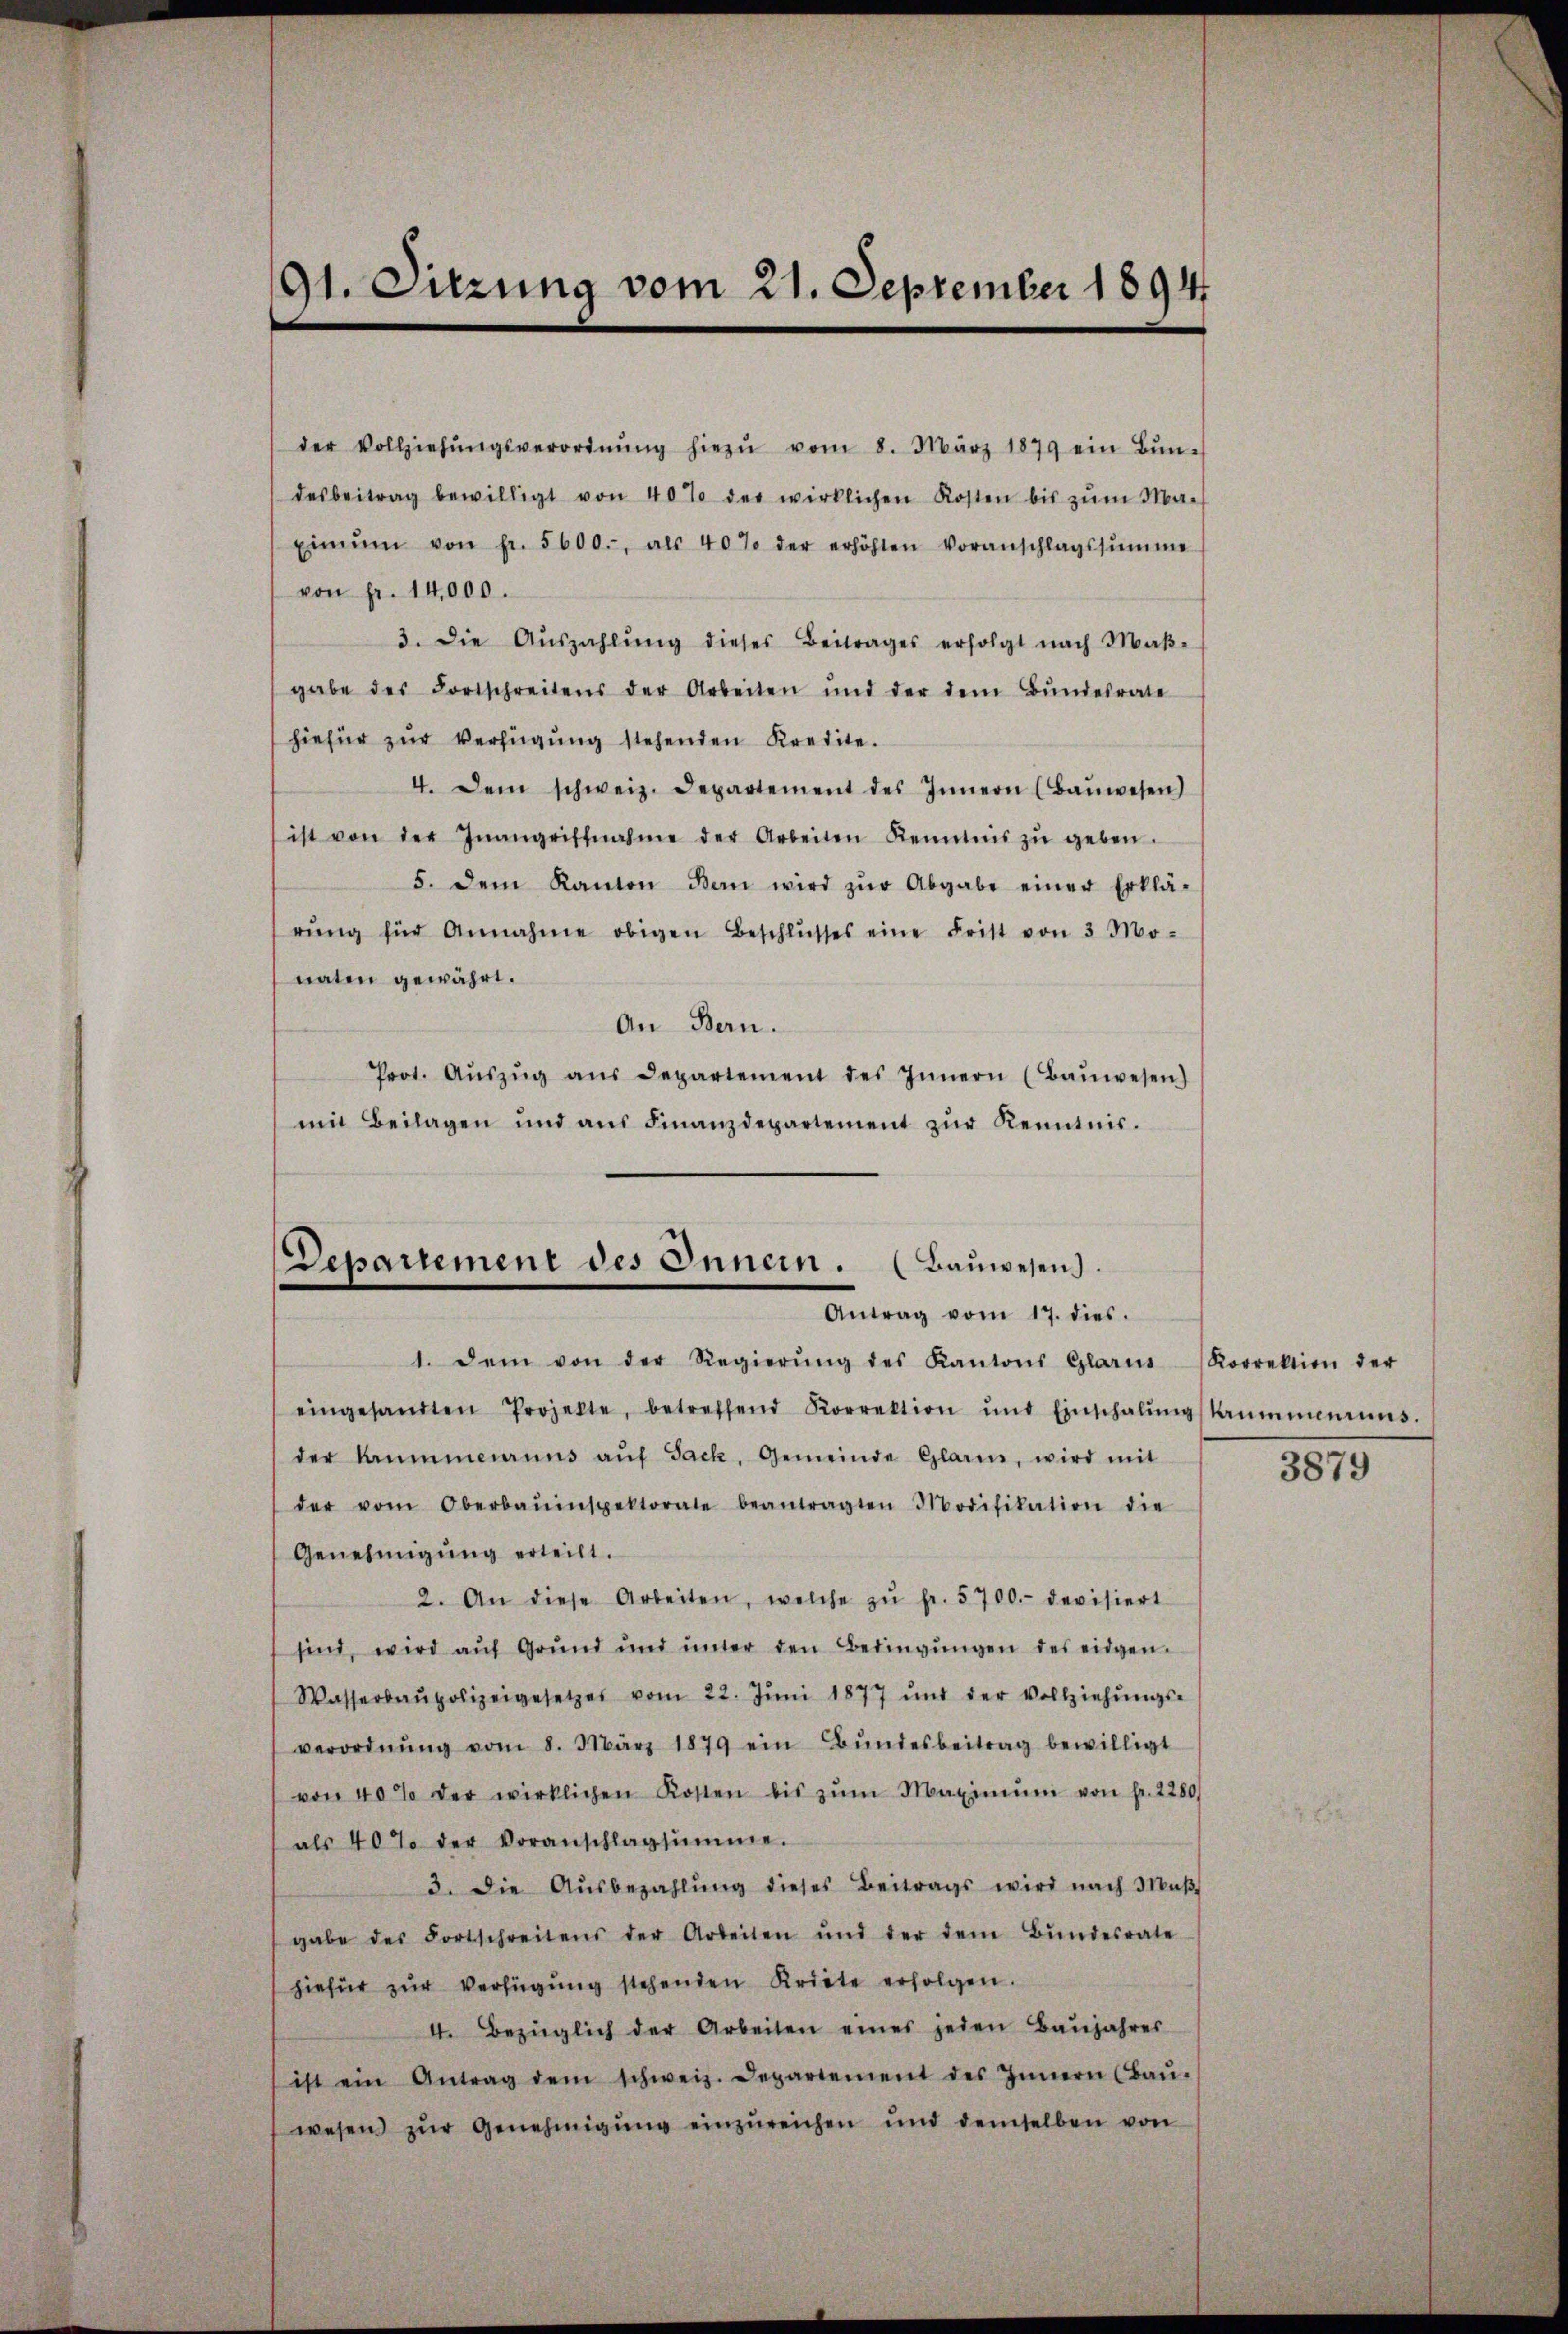
91. Sitzung vom 21. September 1894

der Vollziehŭngsverordnŭng hiezŭ vom 8. März 1879 ein Bŭn-
desbeitrag bewilligt von 40% der wirklichen Kosten bis zŭm Ma-
Einem von Fr. 5600., als 40% der erhöhten Voranschlagssumme
von Fr. 14,000.
3. Die Aŭszahlŭng dieses Beitrages erfolgt nach Maβ-
gabe des Fortschreitens der Arbeiten und der dem Bŭndesrate
hiefür zur Verfügung stehenden Kredite.
4. Dem schweiz. Departement des Innern (Baŭwesen)
ist von der Inangriffnahme der Arbeiten Kenntnis zŭ geben.
5. dem Kanton Bern wird zŭr Abgabe einer Erklä-
rŭng für Annahme obigen Beschlŭsses eine Frist von 3 Mo-
naten gewährt.
An Bern.
Prot. Aŭszŭg aŭs Departement des Innern (Baŭwesen)
mit Beilagen und aŭs Finanzdepartement zŭr Kenntnis.

Departement des Innern. (Bauwesen.
Antrag vom 17. dies.

1. Dem von der Regierŭng des Kantons Glarus (Korrektion der
eingesandten Projekte, betreffend Korrektion und Einschalŭngskammenanns.
der Summeruns aŭf Sack, Gemeinde Glaren, wird mit
der vom Oberbauinspektorate beantragten Modifikation die
Genehmigŭng erteilt.
2. An diese Arbeiten, welche zŭ fr. 5700.- devisiert
sind, wird auf Grund und ŭnter den Bedingŭngen des eidgen.
Wasserbaŭpolizeigesetzes vom 22. Jŭni 1877 und der Vollziehŭngs-
verordnŭng vom 8. März 1879 ein Bŭndesbeitrag bewilligt
von 40% der wirklichen Kosten bis zŭm Maximŭm von fr. 2280.
als 40% der Voranschlagsumme.
3. Die Aŭsbezahlŭng dieses Beitrags wird nach Maβ
gabe des Fortschreitens der Arbeiten und der dem Bŭndesrate
hiefür zŭr Verfügŭng stehenden Kriete erfolgen.
I. Bezüglich der Arbeiten eines jeden Baŭjahres
ist ein Antrag dem schweiz. Departement des Innern (Baŭ-
wesen zŭr Genehmigŭng einzureichen und demselben von

3879